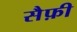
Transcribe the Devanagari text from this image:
सैफ़ी